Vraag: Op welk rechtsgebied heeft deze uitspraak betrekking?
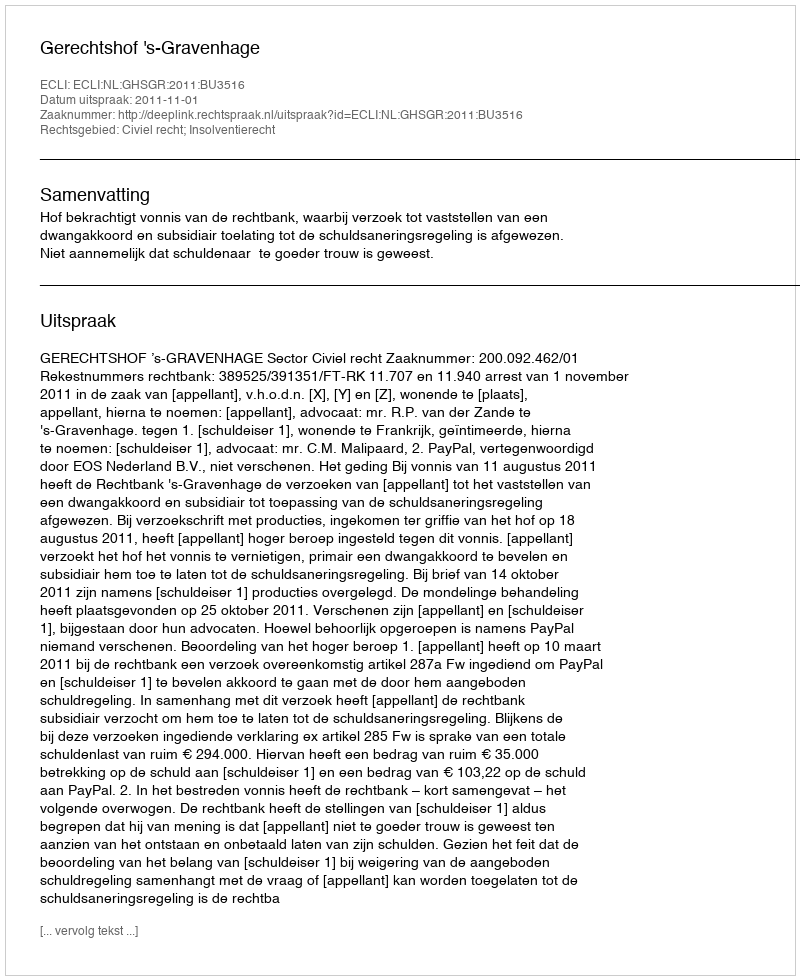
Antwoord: Civiel recht; Insolventierecht